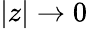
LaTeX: |z|\to 0